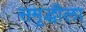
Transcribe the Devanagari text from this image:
समृद्धीला